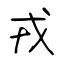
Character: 戎